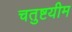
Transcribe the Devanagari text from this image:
चतुष्टयीम